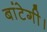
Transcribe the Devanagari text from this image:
बांटेगी।